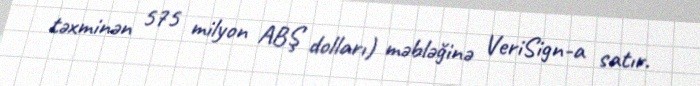
təxminən 575 milyon ABŞ dolları) məbləğinə VeriSign-a satır.